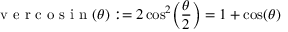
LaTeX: { \textrm { v e r c o s i n } } ( \theta ) : = 2 \cos ^ { 2 } \! \left( { \frac { \theta } { 2 } } \right) = 1 + \cos ( \theta )